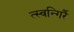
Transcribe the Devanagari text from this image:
त्स्वन्गिर्रै